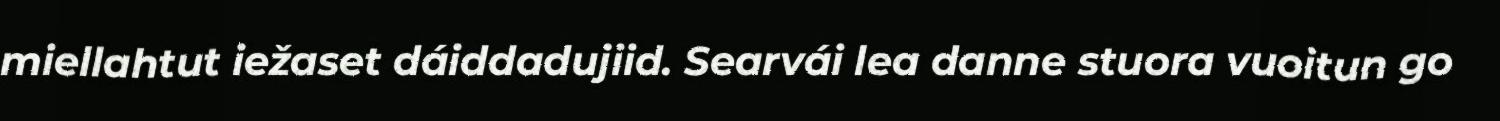
miellahtut iežaset dáiddadujiid. Searvái lea danne stuora vuoitun go